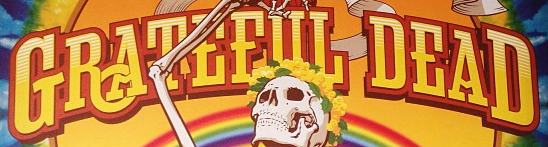
GRATEFUL DEAD